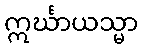
ဣင်္ဃာယသ္မာ